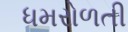
ધમરોળતી